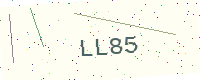
Text: LL85